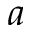
a